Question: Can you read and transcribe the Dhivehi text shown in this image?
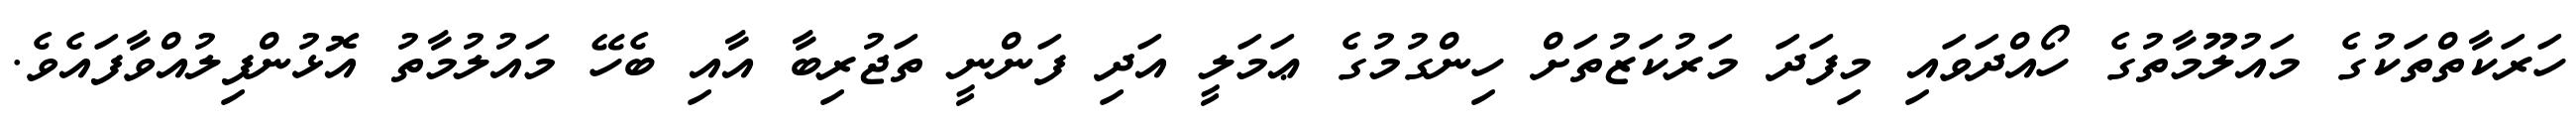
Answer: ހަރަކާތްތަކުގެ މައުލޫމާތުގެ ހޯއްދަވައި މިފަދަ މަރުކަޒުތަށް ހިންގުމުގެ ޢަމަލީ އަދި ފަންނީ ތަޖުރިބާ އާއި ބެހޭ މައުލުމާތު އޮޅުންފިލުއްވާފައެވެ.